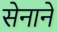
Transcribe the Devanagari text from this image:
सेनाने